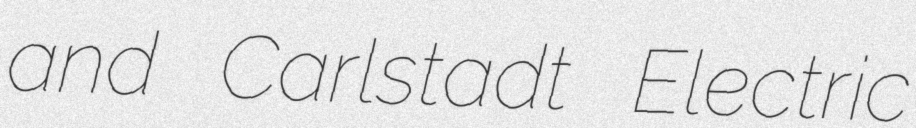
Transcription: and Carlstadt Electric